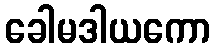
ခေါမဒါယကော